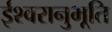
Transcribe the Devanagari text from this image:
ईश्वरानुभूति